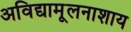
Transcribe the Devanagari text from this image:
अविद्यामूलनाशाय